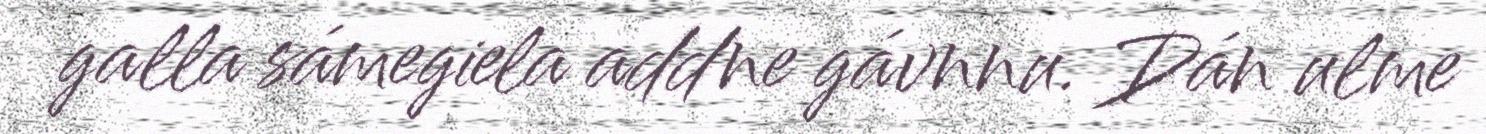
galla sámegiela addne gávnnu. Dán ulme